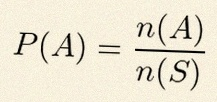
P(A)=\frac{n(A)}{n(S)}